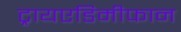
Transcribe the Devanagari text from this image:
ट्रायएडिमीफान